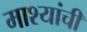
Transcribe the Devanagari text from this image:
माश्यांची